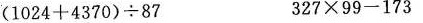
$$( 1 0 2 4 + 4 3 7 0 ) \div 8 7$$ $$3 2 7 \times 9 9 - 1 7 3$$